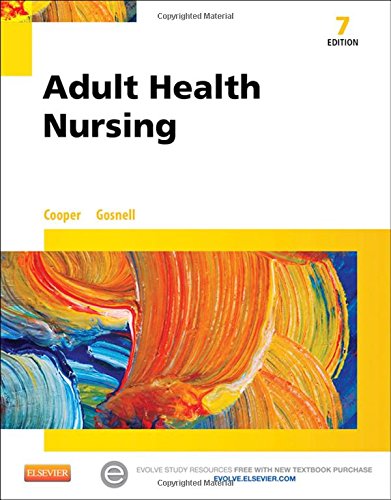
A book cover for Adult Health Nursing, 7e; Kim Cooper RN  MSN; Medical Books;